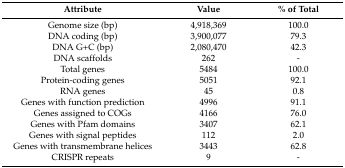
| Attribute | Value | % of Total |
 | --- | --- | --- |
 | Genome size (bp) | 4,918,369 | 100.0 |
 | DNA coding (bp) | 3,900,077 | 79.3 |
 | DNA G+C (bp) | 2,080,470 | 42.3 |
 | DNA scaffolds | 262 | - |
 | Total genes | 5484 | 100.0 |
 | Protein-coding genes | 5051 | 92.1 |
 | RNA genes | 45 | 0.8 |
 | Genes with function prediction | 4996 | 91.1 |
 | Genes assigned to COGs | 4166 | 76.0 |
 | Genes with Pfam domains | 3407 | 62.1 |
 | Genes with signal peptides | 112 | 2.0 |
 | Genes with transmembrane helices | 3443 | 62.8 |
 | CRISPR repeats | 9 | - |